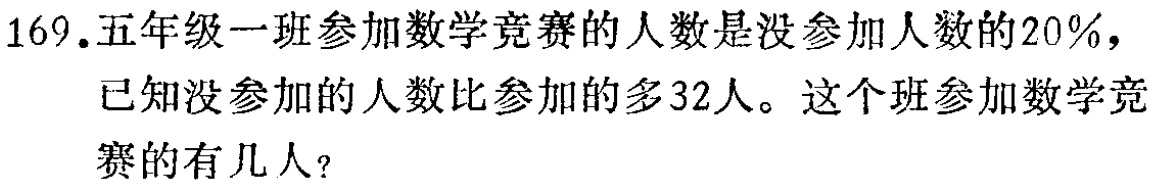
169.五年级一班参加数学竞赛的人数是没参加人数的20%，

已知没参加的人数比参加的多32人。这个班参加数学竞

赛的有几人?